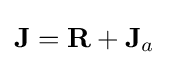
\mathbf {J} =\mathbf {R} +\mathbf {J} _{a}